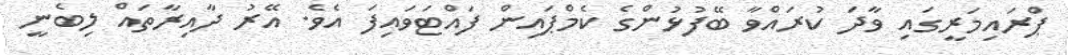
ޕްރައިމަރީގައި ވާދަ ކުރައްވާ ބޭފުޅުންގެ ކެމްޕައިން ފައްޓަވައިފަ އެވެ. އޭރު ދާއިރާތައް ލިބެނީ